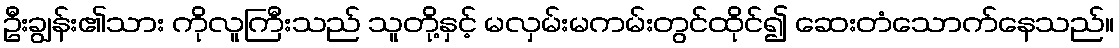
ဦးချွန်း၏သား ကိုလူကြီးသည် သူတို့နှင့် မလှမ်းမကမ်းတွင်ထိုင်၍ ဆေးတံသောက်နေသည်။